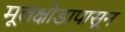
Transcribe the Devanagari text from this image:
मूलक्षोडापासून